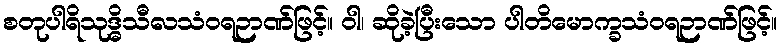
စတုပါရိသုဒ္ဓိသီလသံဝရဉာဏ်ဖြင့်။ ဝါ၊ ဆိုခဲ့ပြီးသော ပါတိမောက္ခသံဝရဉာဏ်ဖြင့်။